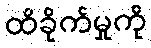
ထိခိုက်မှုကို